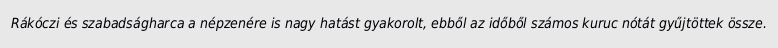
Rákóczi és szabadságharca a népzenére is nagy hatást gyakorolt, ebből az időből számos kuruc nótát gyűjtöttek össze.